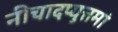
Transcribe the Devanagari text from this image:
नीचादप्युत्तमां